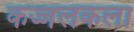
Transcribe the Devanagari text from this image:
कज्जलकला